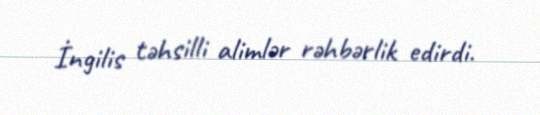
İngilis təhsilli alimlər rəhbərlik edirdi.